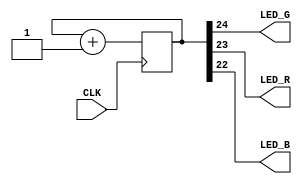
module top (
	input CLK,
	output LED_G,
	output LED_R,
	output LED_B
);

//-- Modify this value for changing the blink frequency
localparam N = 24;  //-- N<=21 Fast, N>=23 Slow

reg [N:0] counter;
always @(posedge CLK)
  counter <= counter + 1;

assign LED_G = counter[N];
assign LED_R = counter[N - 1];
assign LED_B = counter[N - 2];

endmodule // top